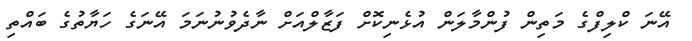
އޭނަ ކްލިފްގެ މަތިން ފުންމާލަން އުޅެނިކޮށް ފަޒާލްއަށް ނާދެވުނުނަމަ އޭނަގެ ހަޔާތުގެ ބައްތި